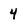
Character: 4